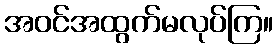
အဝင်အထွက်မလုပ်ကြ။